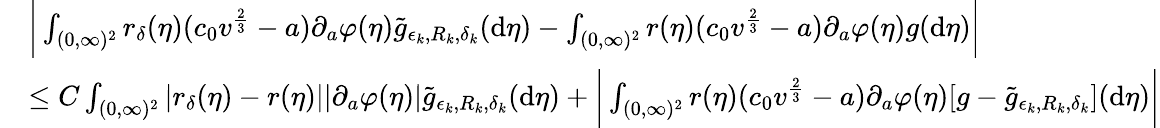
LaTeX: \begin{array}{rl}&{\bigg|\int_{(0,\infty)^{2}}r_{\delta}(\eta)(c_{0}v^{\frac{2}{3}}-a)\partial_{a}\varphi(\eta)\tilde{g}_{\epsilon_{k},R_{k},\delta_{k}}(\textup{d}\eta)-\int_{(0,\infty)^{2}}r(\eta)(c_{0}v^{\frac{2}{3}}-a)\partial_{a}\varphi(\eta)g(\textup{d}\eta)\bigg|}\\ &{\leq C\int_{(0,\infty)^{2}}|r_{\delta}(\eta)-r(\eta)||\partial_{a}\varphi(\eta)|\tilde{g}_{\epsilon_{k},R_{k},\delta_{k}}(\textup{d}\eta)+\bigg|\int_{(0,\infty)^{2}}r(\eta)(c_{0}v^{\frac{2}{3}}-a)\partial_{a}\varphi(\eta)[g-\tilde{g}_{\epsilon_{k},R_{k},\delta_{k}}](\textup{d}\eta)\bigg|}\end{array}